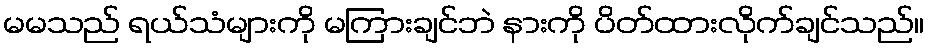
မမသည် ရယ်သံများကို မကြားချင်ဘဲ နားကို ပိတ်ထားလိုက်ချင်သည်။